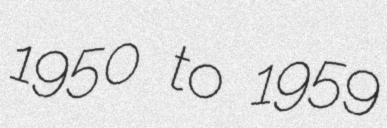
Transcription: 1950 to 1959